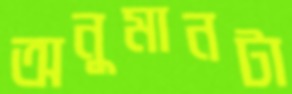
অনুমানটা